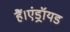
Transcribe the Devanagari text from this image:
हैं।एंड्रॉयड